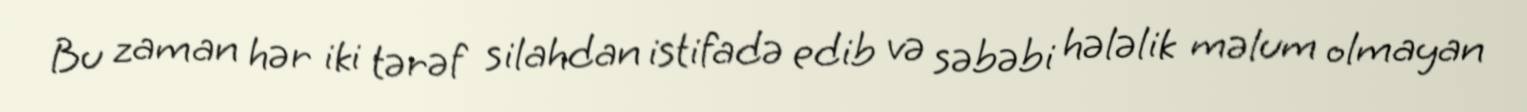
Bu zaman hər iki tərəf silahdan istifadə edib və səbəbi hələlik məlum olmayan